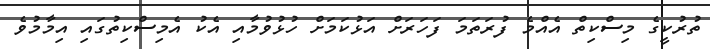
ތުރުކީގެ މިސްކިތް އެއްމެ ފުރަތަމަ ފަހަރަށް އަޅުކަމަށް ހުޅުވުމާއި އެކު އެމިސްކިތުގައި އިމާމުވެ